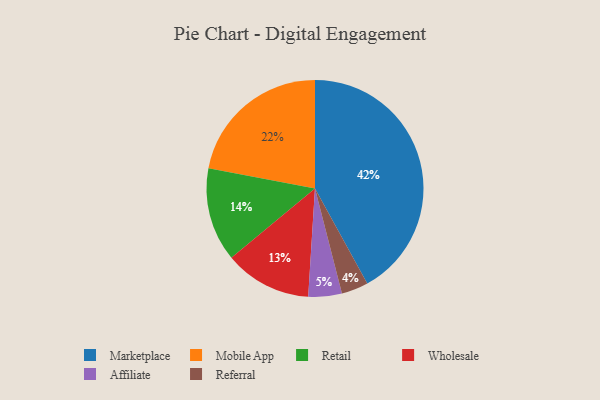
{"axis": {"x": "Category", "y": "Percentage"}, "legend": ["Affiliate", "Marketplace", "Mobile App", "Referral", "Retail", "Wholesale"], "data": [{"x": "Marketplace", "y": 42, "type": "Marketplace"}, {"x": "Referral", "y": 4, "type": "Referral"}, {"x": "Wholesale", "y": 13, "type": "Wholesale"}, {"x": "Affiliate", "y": 5, "type": "Affiliate"}, {"x": "Retail", "y": 14, "type": "Retail"}, {"x": "Mobile App", "y": 22, "type": "Mobile App"}]}